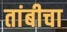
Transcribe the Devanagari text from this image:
तांबीचा